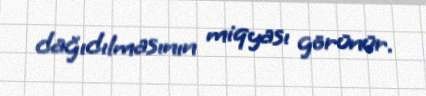
dağıdılmasının miqyası görünür.